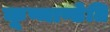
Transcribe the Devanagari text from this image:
कूष्माण्डेति